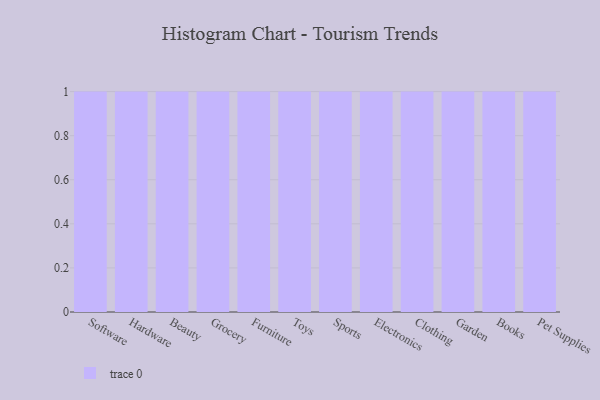
{"axis": {"x": "Category", "y": "Churn Rate (%)"}, "legend": [""], "data": [{"x": "Software", "y": 7, "type": ""}, {"x": "Hardware", "y": 62, "type": ""}, {"x": "Beauty", "y": 39, "type": ""}, {"x": "Grocery", "y": 34, "type": ""}, {"x": "Furniture", "y": 32, "type": ""}, {"x": "Toys", "y": 33, "type": ""}, {"x": "Sports", "y": 53, "type": ""}, {"x": "Electronics", "y": 74, "type": ""}, {"x": "Clothing", "y": 17, "type": ""}, {"x": "Garden", "y": 79, "type": ""}, {"x": "Books", "y": 44, "type": ""}, {"x": "Pet Supplies", "y": 87, "type": ""}]}